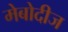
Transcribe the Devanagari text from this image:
मेबोदीज